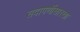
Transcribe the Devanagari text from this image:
सदापर्णीसारखा